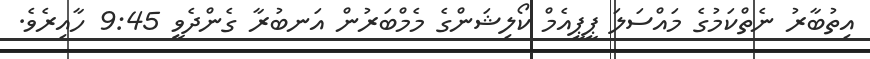
އިތުބާރު ނެތްކަމުގެ މައްސަލަ ޕީޕީއެމް ކޯލިޝަންގެ މެމްބަރުން އަނބުރާ ގެންދެވީ 9:45 ހާއިރެވެ.